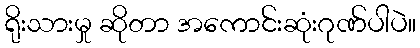
ရိုးသားမှု ဆိုတာ အကောင်းဆုံးဂုဏ်ပါပဲ။